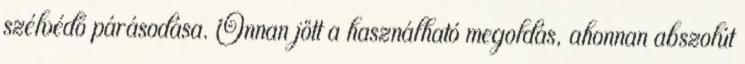
szélvédő párásodása. Onnan jött a használható megoldás, ahonnan abszolút